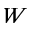
W